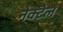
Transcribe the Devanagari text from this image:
नेक्टेल